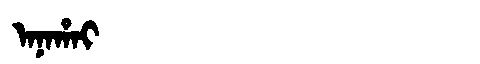
Manchu: ᠠᠨᠠᡥᠠᡳ
Romanization: ANAHAI